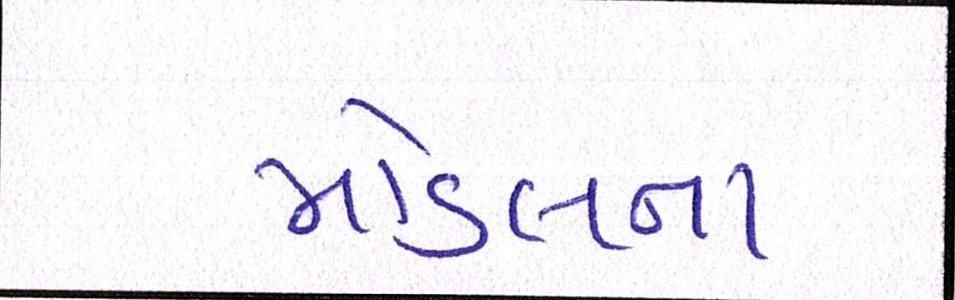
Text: મોડલના